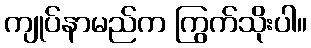
ကျုပ်နာမည်က ကြွက်သိုးပါ။